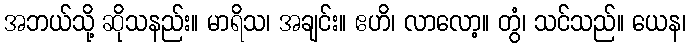
အဘယ်သို့ ဆိုသနည်း။ မာရိသ၊ အချင်း။ ဧဟိ၊ လာလော့။ တွံ၊ သင်သည်။ ယေန၊